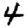
Digit: 4